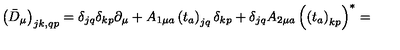
\left( \bar { D } _ { \mu } \right) _ { j k , q p } = \delta _ { j q } \delta _ { k p } \partial _ { \mu } + A _ { 1 \mu a } \left( t _ { a } \right) _ { j q } \delta _ { k p } + \delta _ { j q } A _ { 2 \mu a } \left( \left( t _ { a } \right) _ { k p } \right) ^ { \ast } =